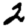
Digit: 2